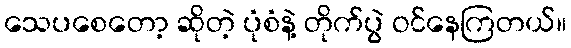
သေပစေတော့ ဆိုတဲ့ ပုံစံနဲ့ တိုက်ပွဲ ဝင်နေကြတယ်။